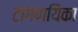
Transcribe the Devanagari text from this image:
टांगणयिका